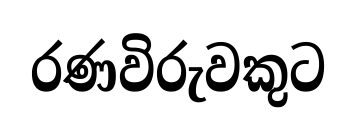
රණවිරුවකුට